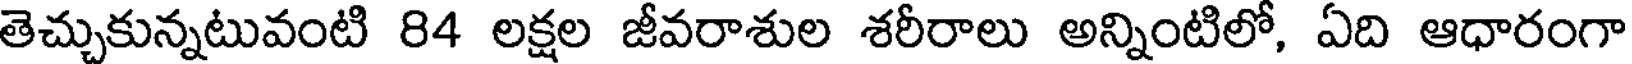
తెచ్చుకున్నటువంటి 84 లక్షల జీవరాశుల శరీరాలు అన్నింటిలో, ఏది ఆధారంగా